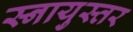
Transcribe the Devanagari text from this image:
स्नायुस्तर